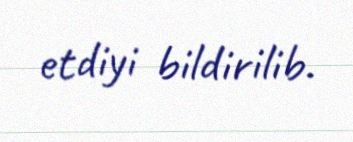
etdiyi bildirilib.